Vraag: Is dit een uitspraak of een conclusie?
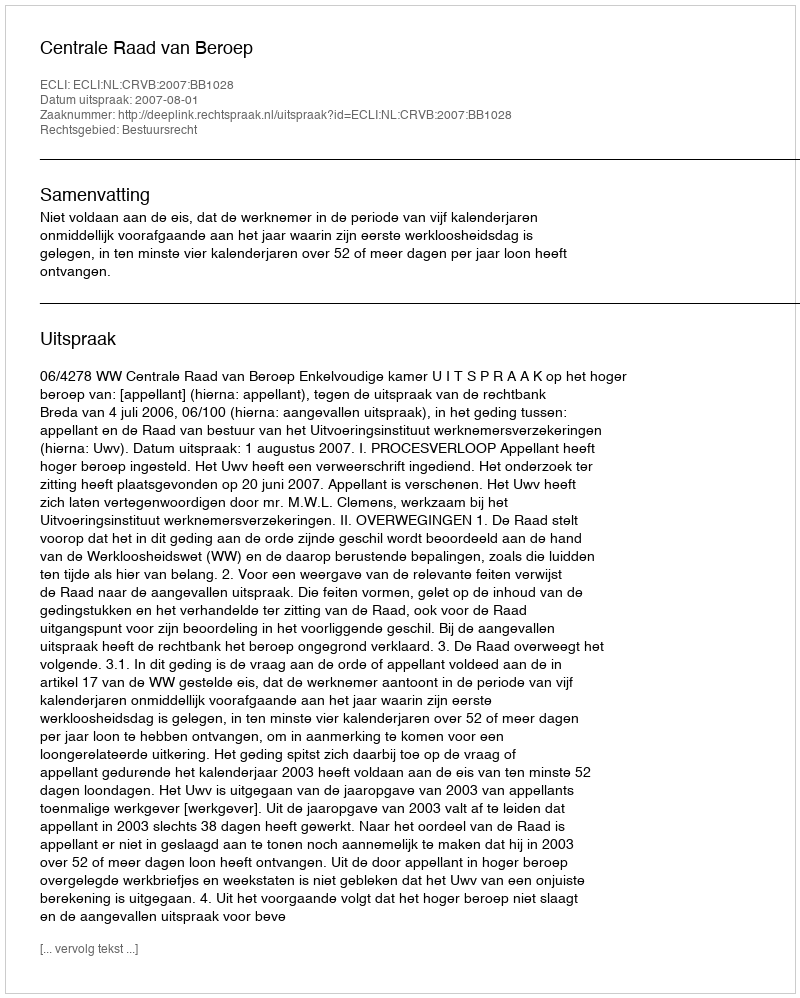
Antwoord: Uitspraak